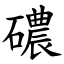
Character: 䃩